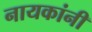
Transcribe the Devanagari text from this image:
नायकांनी